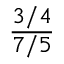
\frac { 3 / 4 } { 7 / 5 }